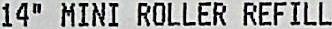
14" MINI ROLLER REFILL